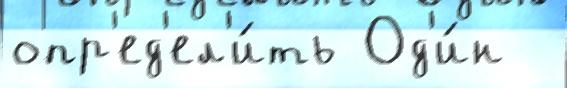
опр'ед'ел'и́ть Од'и́н